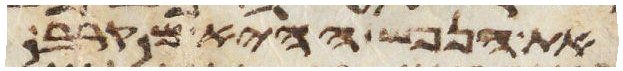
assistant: את הנפש ההיא מקרב